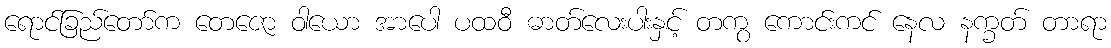
ရောင်ခြည်တော်က တေဇော ဝါယော အာပေါ ပထဝီ ဓာတ်လေးပါးနှင့် တကွ ကောင်းကင် နေလ နက္ခတ် တာရာ